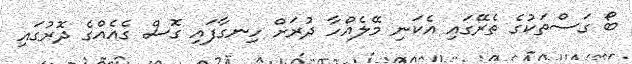
ބޯ ގަސްތަކުގެ ތެރޭގައި އެކަނި މޭލެއްހާ ދުރަށް ހިނގާފައި ގޮސް ގެއެއްގެ ދޮރުގައި